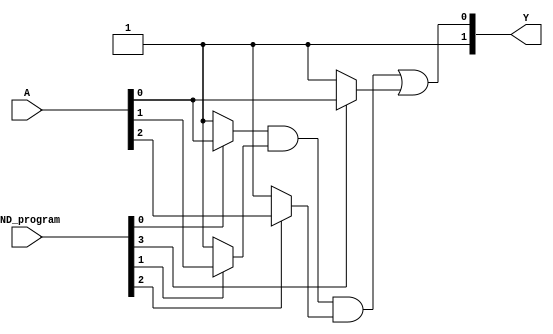
module jewel_pal (
    input wire [N-1:0] A, // Input signals (A, B, C, ..., N)
    input wire [M-1:0] AND_program, // Programming signals for AND gates
    output wire [P-1:0] Y // Output signals (Y1, Y2, ..., Ym)
);

// Parameter definitions
parameter N = 4; // Number of input signals
parameter M = 4; // Number of AND gates
parameter P = 2; // Number of outputs
parameter AND_INPUTS = 3; // Number of inputs for each AND gate

// Internal signals for AND gate outputs
wire [M-1:0] AND_out;

// Programmable AND gates
genvar i;
generate
    for (i = 0; i < M; i = i + 1) begin: and_gates
        assign AND_out[i] = (AND_program[i*AND_INPUTS] ? A[0] : 1'b1) & // Input A
                             (AND_program[i*AND_INPUTS + 1] ? A[1] : 1'b1) & // Input B
                             (AND_program[i*AND_INPUTS + 2] ? A[2] : 1'b1);   // Input C
    end
endgenerate

// Fixed OR gates
assign Y[0] = AND_out[0] | AND_out[1]; // Output Y1
assign Y[1] = AND_out[2] | AND_out[3]; // Output Y2

endmodule